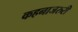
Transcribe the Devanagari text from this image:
कहनाजरुरी